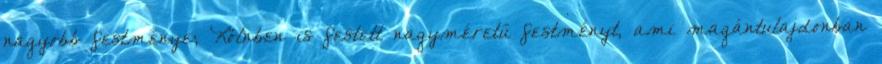
nagyobb festménye; Kölnben is festett nagyméretű festményt, ami magántulajdonban